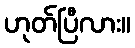
ဟုတ်ပြီလား။